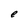
Character: e